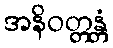
အနိဝတ္တန္တံ